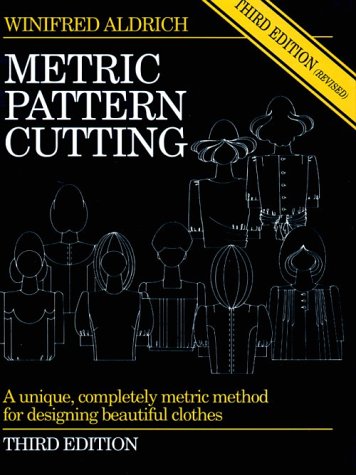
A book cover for Metric Pattern Cutting, Third Edition; Winifred Aldrich; Crafts, Hobbies & Home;